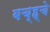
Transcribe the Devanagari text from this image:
बच्ह्चे